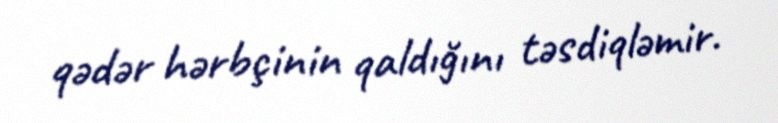
qədər hərbçinin qaldığını təsdiqləmir.